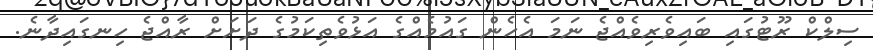
ސިލްކް ރޫޓުގައި ބައިވެރިވެއްޖެ ނަމަ އެހެން ގައުމެއްގެ އަޅުވެތިކަމުގެ ދަށަށް ރާއްޖެ ހިނގައިދާނެ.